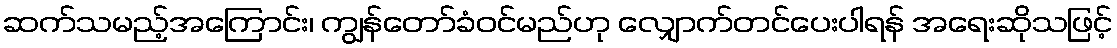
ဆက်သမည့်အကြောင်း၊ ကျွန်တော်ခံဝင်မည်ဟု လျှောက်တင်ပေးပါရန် အရေးဆိုသဖြင့်